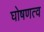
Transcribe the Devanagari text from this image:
घोषणत्व